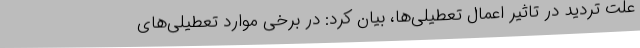
علت تردید در تاثیر اعمال تعطیلی‌ها، بیان کرد: در برخی موارد تعطیلی‌های